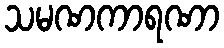
သမဏကာရဏာ